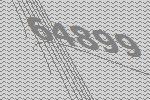
64899